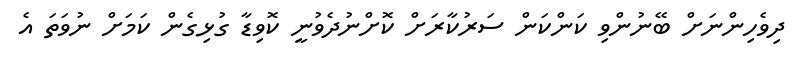
ދިވެހިންނަށް ބޭނުންވި ކަންކަން ސަރުކާރަށް ކޮށްނުދެވުނީ ކޮވިޑާ ގުޅިގެން ކަމަށް ނުވަތަ އެ